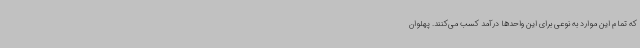
که تمام این موارد به نوعی برای این واحدها درآمد کسب می‌کنند. پهلوان